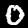
Label: 0